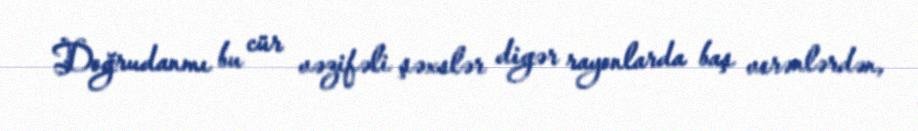
Doğrudanmı bu cür vəzifəli şəxslər digər rayonlarda baş verənlərdən,